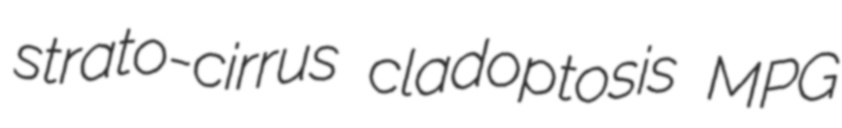
strato-cirrus cladoptosis MPG